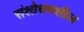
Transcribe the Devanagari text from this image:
संशोधनशील